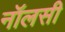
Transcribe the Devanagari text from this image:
नॉलसी